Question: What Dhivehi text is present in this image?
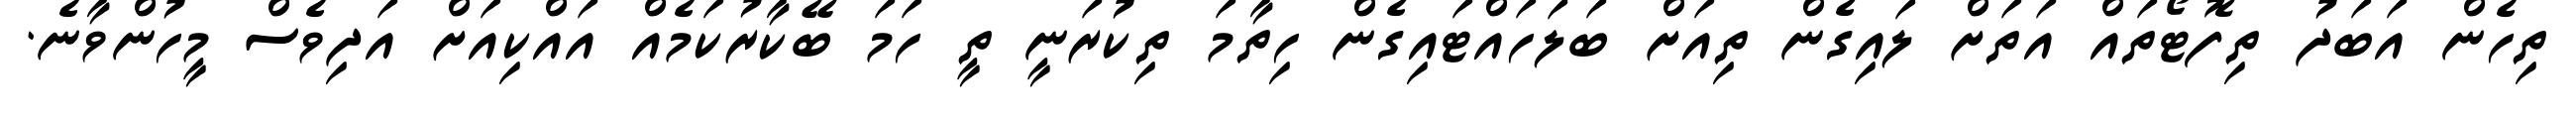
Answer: ތިހެން އަބަދު ތިފޮޓޯތައް އަތަށް ލައިގެން ތިއަށް ބަލަހައްޓައިގެން ހިތާމަ ތިކުރަނީ ތީ ހަމަ ބޭކާރުކަމެއް އައްކިއަށް އަދިވެސް މީހުންވާނެ.